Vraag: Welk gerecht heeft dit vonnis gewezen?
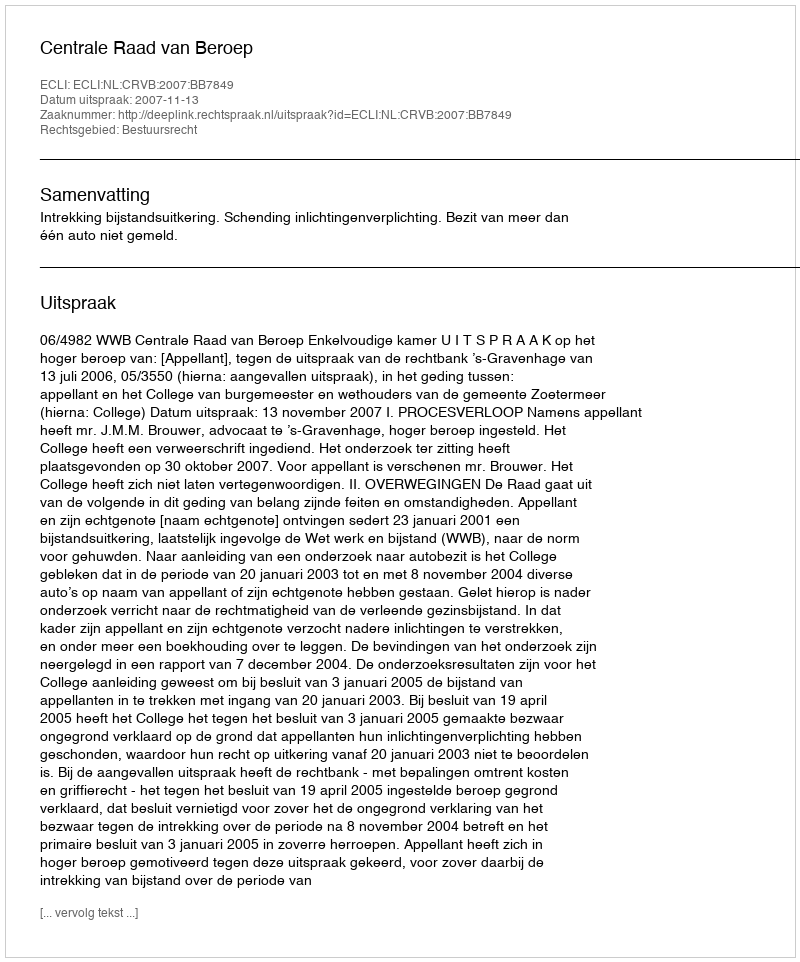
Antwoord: Centrale Raad van Beroep